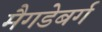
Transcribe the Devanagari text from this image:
मैगडेबर्ग